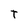
Character: T